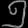
Digit: ၅